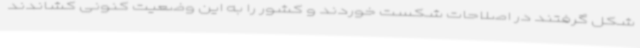
شکل گرفتند در اصلاحات شکست خوردند و کشور را به این وضعیت کنونی کشاندند